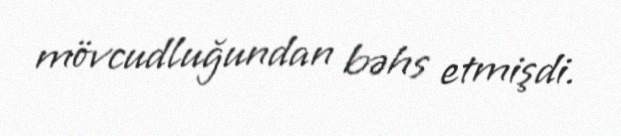
mövcudluğundan bəhs etmişdi.